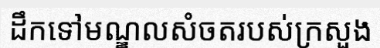
ដឹកទៅមណ្ឌលសំចតរបស់ក្រសួង